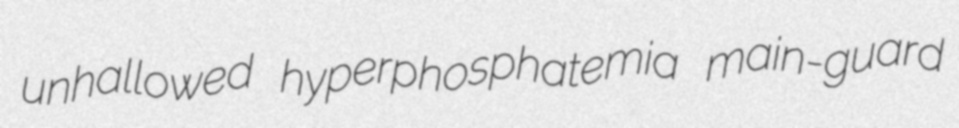
unhallowed hyperphosphatemia main-guard